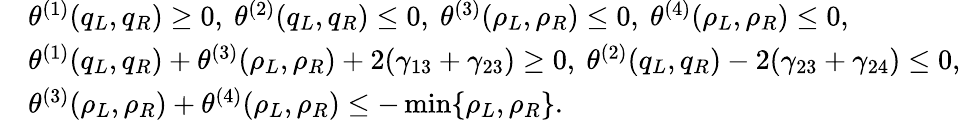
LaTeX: \begin{array}{rl}&{\theta^{(1)}(q_{L},q_{R})\geq 0,\ \theta^{(2)}(q_{L},q_{R})\leq 0,\ \theta^{(3)}(\rho_{L},\rho_{R})\leq 0,\ \theta^{(4)}(\rho_{L},\rho_{R})\leq 0,}\\ &{\theta^{(1)}(q_{L},q_{R})+\theta^{(3)}(\rho_{L},\rho_{R})+2(\gamma_{13}+\gamma_{23})\geq 0,\ \theta^{(2)}(q_{L},q_{R})-2(\gamma_{23}+\gamma_{24})\leq 0,}\\ &{\theta^{(3)}(\rho_{L},\rho_{R})+\theta^{(4)}(\rho_{L},\rho_{R})\leq-\operatorname*{min}\{ \rho_{L},\rho_{R}\} .}\end{array}